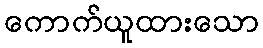
ကောက်ယူထားသော